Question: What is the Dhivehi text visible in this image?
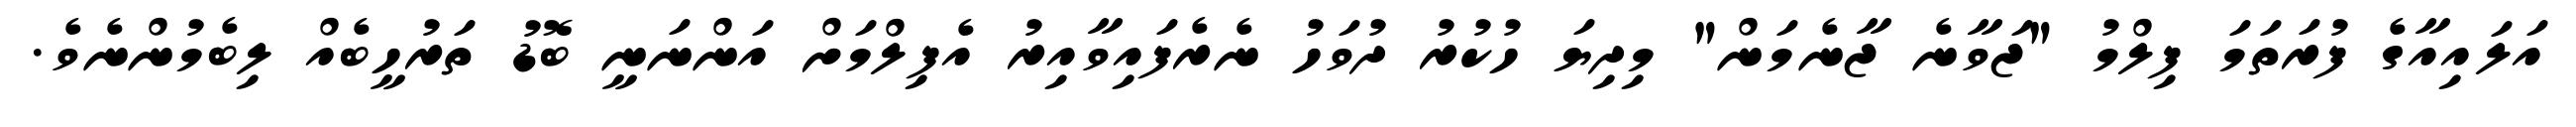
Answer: އަލައިއާގެ ފުރަތަމަ ފިލްމު "ޖަވާނެ ޖާނެމަން" މިދިޔަ ހުކުރު ދުވަހު ނެރެފައިވާއިރު އެފިލްމަށް އަންނަނީ ބޮޑު ތަރުހީބެއް ލިބެމުންނެވެ.